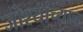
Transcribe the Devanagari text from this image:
जोश्यांच्याच